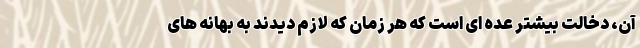
آن، دخالت بیشتر عده ‌ای است که هر زمان که لازم دیدند به بهانه‌ های